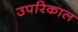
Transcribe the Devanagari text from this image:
उपरिकाल